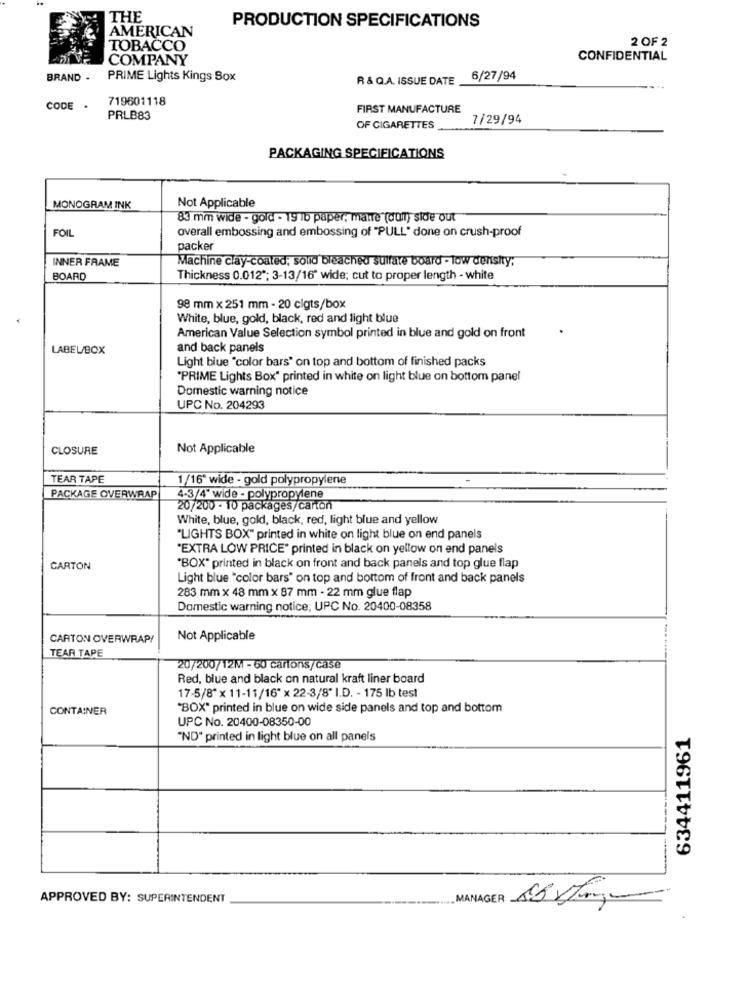
THE
PRODUCTION SPECIFICATIONS
AMERICAN
2 OF 2
TOBACCO
COMPANY
CONFIDENTIAL
BRAND .
PRIME Lights Kings Box
R & Q.A. ISSUE DATE
6/27/94
719601118
CODE .
FIRST MANUFACTURE
PRLB83
7/29/94
OF CIGARETTES
PACKAGING SPECIFICATIONS
Not Applicable
MONOGRAM INK
83 mm wide - gold - 19 16 paper, mante (dom) sie out
FOI
overall embossing and embossing of "PULL" done on crush-proof
packer
INNER FRAME
Machine clay-coated, solid bleached sulfare board - low derisity:
BOARD
Thickness 0.012 *; 3-13/16" wide; cut to proper length - white
98 mm x 251 mm - 20 cigts/box
White, blue, gold, black, red and light blue
American Value Selection symbol printed in blue and gold on front
LABELBOX
and back panels
Light blue "color bars" on top and bottom of finished packs
"PRIME Lights Box" printed in white on light blue on bottom panel
Domestic warning notice
UPC No. 204293
CLOSURE
Not Applicable
TEAR TAPE
1/16" wide - gold polypropylene
PACKAGE OVERWRAP
4-3/4" wide - polypropylene
20/200 - 10 packages/carton
White, blue, gold, black, red, light blue and yellow
"LIGHTS BOX" printed in white on light blue on end panels
"EXTRA LOW PRICE" printed in black on yellow on end panels
CARTON
"BOX" printed in black on front and back panels and top glue flap
Light blue "color bars" on top and bottom of front and back panels
283 mm x 48 mm x 87 mm - 22 mm glue flap
Domestic warning notice; UPC No. 20400-08358
CARTON OVERWRAP/
Not Applicable
TEAR TAPE
20/200/12M - 60 cartons/case
Red, blue and black on natural kraft liner board
17-5/8" x 11-11/16" x 22-3/8" I.D. - 175 Ib test
CONTAINER
"BOX" printed in blue on wide side panels and top and bottom
UPC No. 20400-08350-00
634411961
"NO" printed in light blue on all panels
APPROVED BY: SUPERINTENDENT
MANAGER